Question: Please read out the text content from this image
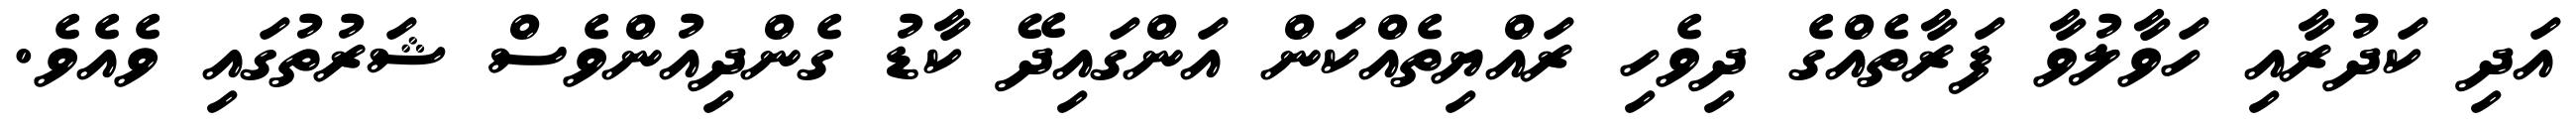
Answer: އަދި ކަދުރާއި ހަވާލުވާ ފަރާތެއްގެ ދިވެހި ރައްޔިތެއްކަން އަންގައިދޭ ކާޑު ގެންދިއުންވެސް ޝަރުތުގައި ވެއެވެ.